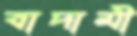
বাদামী